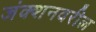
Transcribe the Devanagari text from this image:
जंक्शनवरील